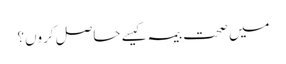
میں صحت بیمہ کیسے حاصل کروں؟